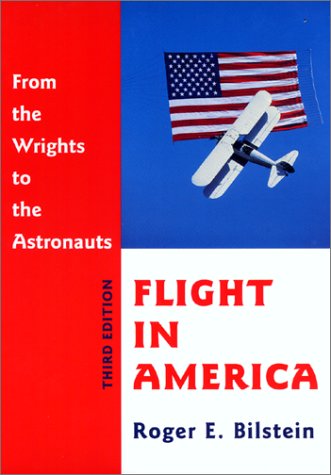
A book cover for Flight in America: From the Wrights to the Astronauts; Roger E. Bilstein; Engineering & Transportation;